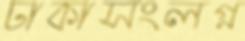
ঢাকাসংলগ্ন